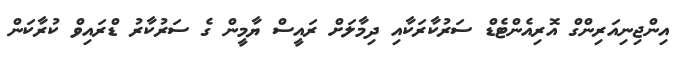
އިންޖިނިއަރިންގް އޮރިއެންޓެޑް ސަރުކާރަކާއި ދިމާލަށް ރައީސް ޔާމީން ގެ ސަރުކާރު ޑްރައިވް ކުރާކަން